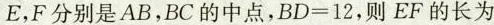
E，F分别是AB，BC的中点，$$B D = 1 2$$，则EF的长为